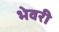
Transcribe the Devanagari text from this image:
भेवरी